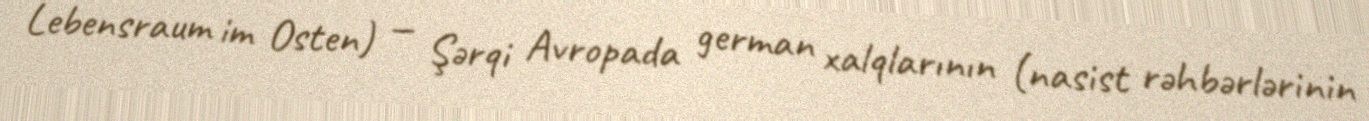
Lebensraum im Osten) — Şərqi Avropada german xalqlarının (nasist rəhbərlərinin